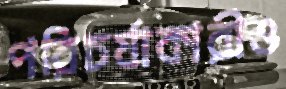
পরিচর্যাকারীও